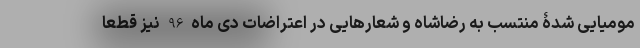
مومیایی شدۀ منتسب به رضاشاه و شعارهایی در اعتراضات دی ماه 96 نیز قطعاً